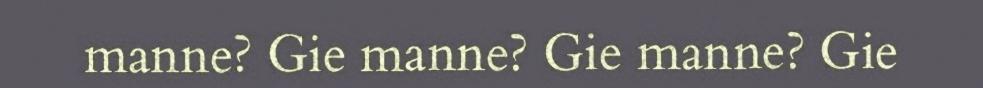
manne? Gie manne? Gie manne? Gie